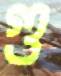
গু